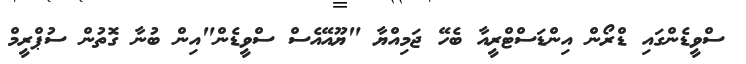
ސްވީޑެންގައި ޑްރޯން އިންޑަސްޓްރީއާ ބެހޭ ޖަމިއްޔާ "ޔޫއޭއެސް ސްވީޑެން"އިން ބުނާ ގޮތުން ސުޕްރީމް